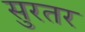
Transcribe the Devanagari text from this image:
सुरतर